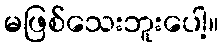
မဖြစ်သေးဘူးပေါ့။